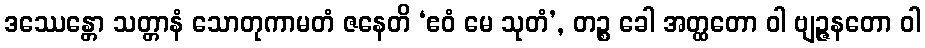
ဒဿေန္တော သတ္တာနံ သောတုကာမတံ ဇနေတိ ‘ဧဝံ မေ သုတံ’, တဉ္စ ခေါ အတ္ထတော ဝါ ဗျဉ္ဇနတော ဝါ